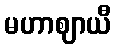
မဟာဈာယီ